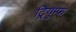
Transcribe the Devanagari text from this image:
ट्रियुम्फ